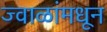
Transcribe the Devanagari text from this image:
ज्वाळांमधून